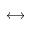
\longleftrightarrow